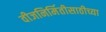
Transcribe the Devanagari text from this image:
वीजनिर्मितीसाठीच्या